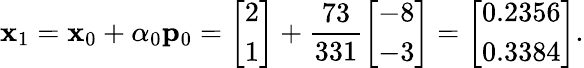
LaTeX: \mathbf{x}_{1}=\mathbf{x}_{0}+\alpha_{0}\mathbf{p}_{0}={\left[\begin{array}{l}{2}\\ {1}\end{array}\right]}+{\frac{73}{331}}{\left[\begin{array}{l}{-8}\\ {-3}\end{array}\right]}={\left[\begin{array}{l}{0.2356}\\ {0.3384}\end{array}\right]}.